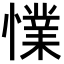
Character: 𢢜